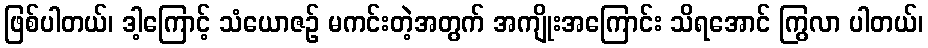
ဖြစ်ပါတယ်၊ ဒါ့ကြောင့် သံယောဇဉ် မကင်းတဲ့အတွက် အကျိုးအကြောင်း သိရအောင် ကြွလာ ပါတယ်၊